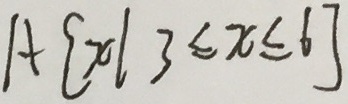
A \{ x \vert 3 \leq x \leq 6 \}